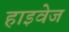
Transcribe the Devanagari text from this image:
हाइवेज